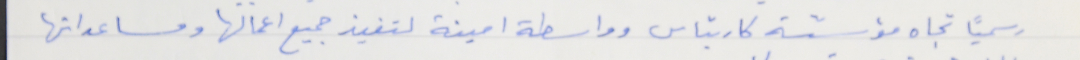
رسمياً تجاه مؤسّسة كاريتاس وواسطة امينة لتنفيذ جميع اعمالها ومساعداتها